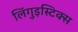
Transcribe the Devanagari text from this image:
लिंगुइस्टिक्स